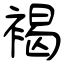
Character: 褐